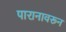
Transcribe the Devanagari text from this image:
पारानावरून